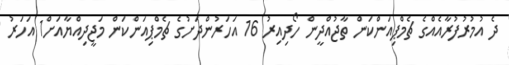
ދެ އުމުރުފުރާއެއްގެ ޗެމްޕިއަންކަން ތާޖުއްދީން ހޯދިއިރު 16 އަހަރުންދަށުގެ ޗެމްޕިއަންކަން މަޖީދިއްޔާއަށް1 އަހަރު